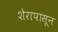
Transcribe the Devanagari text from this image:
शेरापासून